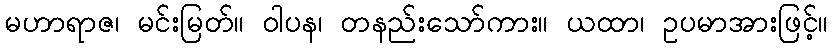
မဟာရာဇ၊ မင်းမြတ်။ ဝါပန၊ တနည်းသော်ကား။ ယထာ၊ ဥပမာအားဖြင့်။